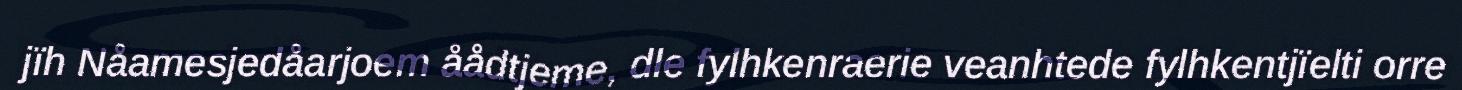
jïh Nåamesjedåarjoem åådtjeme, dle fylhkenraerie veanhtede fylhkentjïelti orre